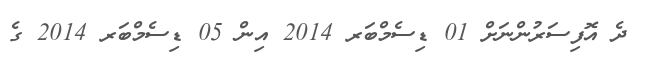
ދެ އޮފިސަރުންނަށް 01 ޑިސެމްބަރ 2014 އިން 05 ޑިސެމްބަރ 2014 ގެ